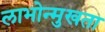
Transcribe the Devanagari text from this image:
लाभोन्मुखता